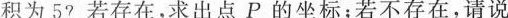
积为5?若存在，求出点P的坐标；若不存在，请说